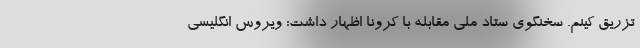
تزریق کینم. سخنگوی ستاد ملی مقابله با کرونا اظهار داشت: ویروس انگلیسی